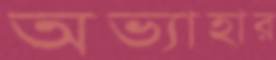
অভ্যাহার